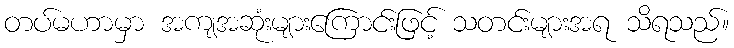
တပ်မဟာမှာ အကျအဆုံးများကြောင်းဖြင့် သတင်းများအရ သိရသည်။